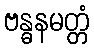
ဗန္ဓနမတ္တံ